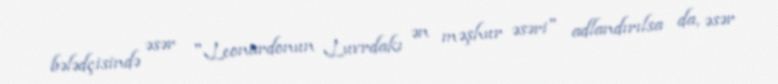
bələdçisində əsər "Leonardonun Luvrdakı ən məşhur əsəri" adlandırılsa da, əsər